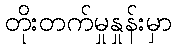
တိုးတက်မှုနှုန်းမှာ